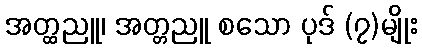
အတ္ထညူ၊ အတ္တညူ စသော ပုဒ် (၇)မျိုး